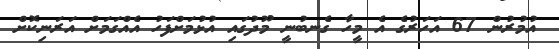
އުމުރުން 67 އަހަރުގެ އެ މީހާ ގެނބުނީ މޫދުގައި އުޅުމަށްފަހު އެއްގަމަށް އަރަނިކޮށް